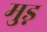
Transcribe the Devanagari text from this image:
मुड़़